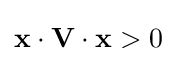
\mathbf {x} \cdot \mathbf {V} \cdot \mathbf {x} >0